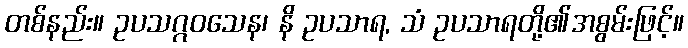
တစ်နည်း။ ဥပသဂ္ဂဝသေန၊ နိ ဥပသာရ, သံ ဥပသာရတို့၏အစွမ်းဖြင့်။